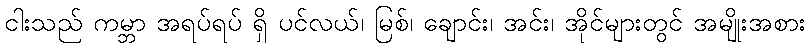
ငါးသည် ကမ္ဘာ အရပ်ရပ် ရှိ ပင်လယ်၊ မြစ်၊ ချောင်း၊ အင်း၊ အိုင်များတွင် အမျိုးအစား